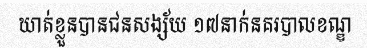
ឃាត់ខ្លួនបានជនសង្ស័យ ១៧នាក់នគរបាលខណ្ឌ